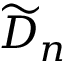
{ \widetilde { D } } _ { n }